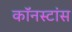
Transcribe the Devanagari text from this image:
कॉनस्टांस